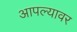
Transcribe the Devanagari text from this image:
आपल्‍यावर